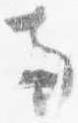
両